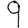
Digit: 9